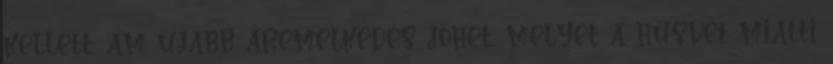
kellett, ám újabb áremelkedés jöhet, melyet a húsvét miatti